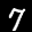
Label: 7